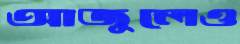
আজুলেও